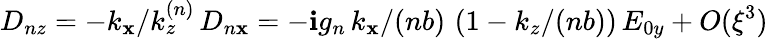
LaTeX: D_{nz}=-k_{\mathbf{x}}/k_{z}^{(n)}\, D_{n\mathbf{x}}=-\mathbf{i}g_{n}\, k_{\mathbf{x}}/(nb)\, \left(1-k_{z}/(nb)\right)\, E_{0y}+O(\xi^{3})